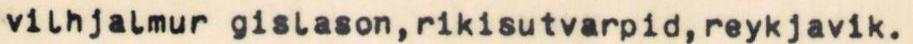
vilhjalmur gislason,rikisutvarpid,reykjavik.